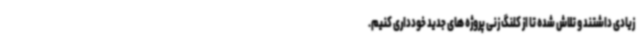
زیادی داشتند و تلاش شده تا از کلنگ زنی پروژه های جدید خودداری کنیم.